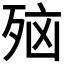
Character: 𪵂